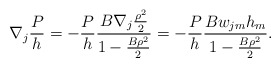
\begin{align*}\nabla_{j}\frac{P}{h}=-\frac{P}{h}\frac{B\nabla_{j}\frac{\rho^{2}}{2}}{1-\frac{B\rho^{2}}{2}}=-\frac{P}{h}\frac{Bw_{jm}h_{m}}{1-\frac{B\rho^{2}}{2}}.\end{align*}